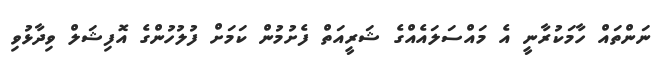
ނަންތައް ހާމަކުރާނީ އެ މައްސަލައެއްގެ ޝަރީއަތް ފެށުމުން ކަމަށް ފުލުހުންގެ އޮފިޝަލް ވިދާޅުވި